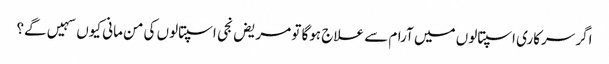
اگر سرکاری اسپتالوں میں آرام سے علاج ہوگا تو مریض نجی اسپتالوں کی من مانی کیوں سہیں گے؟